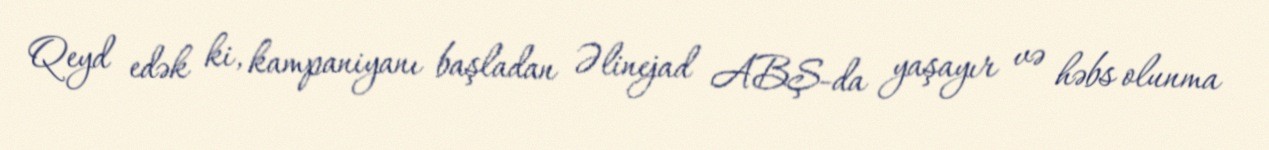
Qeyd edək ki, kampaniyanı başladan Əlinejad ABŞ-da yaşayır və həbs olunma